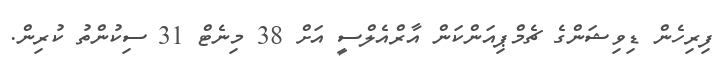
ފިރިހެން ޑިވިޝަންގެ ޗެމްޕިއަންކަން އާރްއެލްސީ އަށް 38 މިނެޓް 31 ސިކުންތު ކުރިން.